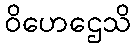
ဝိဟေဌေသိ